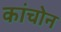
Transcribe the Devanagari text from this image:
कांचोन